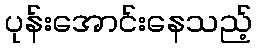
ပုန်းအောင်းနေသည့်